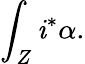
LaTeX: \int_{Z}\mathit{i}^{*}\alpha.